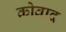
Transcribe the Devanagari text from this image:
कोवाद